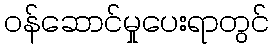
ဝန်ဆောင်မှုပေးရာတွင်